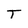
Character: T